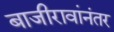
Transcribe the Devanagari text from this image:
बाजीरावांनंतर